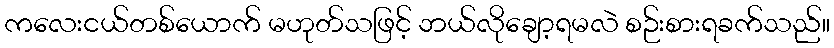
ကလေးငယ်တစ်ယောက် မဟုတ်သဖြင့် ဘယ်လိုချော့ရမလဲ စဉ်းစားရခက်သည်။